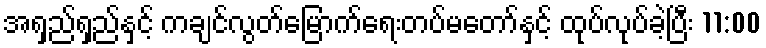
အရှည်ရှည်နှင့် ကချင်လွတ်မြောက်ရေးတပ်မတော်နှင့် ထုပ်လုပ်ခဲ့ပြီး 11:00